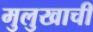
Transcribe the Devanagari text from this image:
मुलुखाची